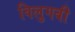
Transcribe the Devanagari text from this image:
विलुगबी